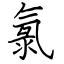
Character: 氯